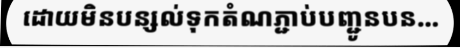
ដោយមិនបន្សល់ទុកតំណភ្ជាប់បញ្ជូនបន...